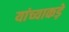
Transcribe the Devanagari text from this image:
यांच्याकड़े